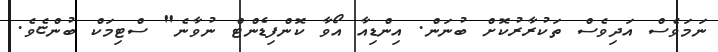
ނަމަވެސް އަދިވެސް ތަކުރާރުކޮށް ބުނަން. އިންޑިއާ އޯވާ ކޮންފިޑެންޓް ނުވާނެ" ސްޓިމަކް ބުންޏެވެ.